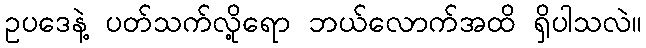
ဥပဒေနဲ့ ပတ်သက်လို့ရော ဘယ်လောက်အထိ ရှိပါသလဲ။